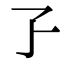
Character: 孒